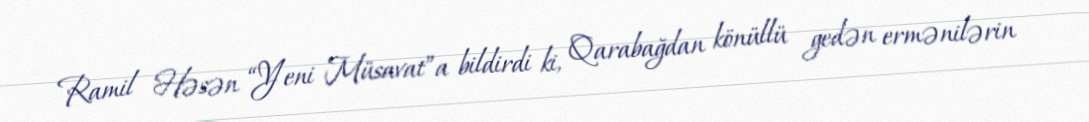
Ramil Həsən “Yeni Müsavat”a bildirdi ki, Qarabağdan könüllü gedən ermənilərin